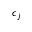
c _ { j }